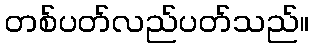
တစ်ပတ်လည်ပတ်သည်။